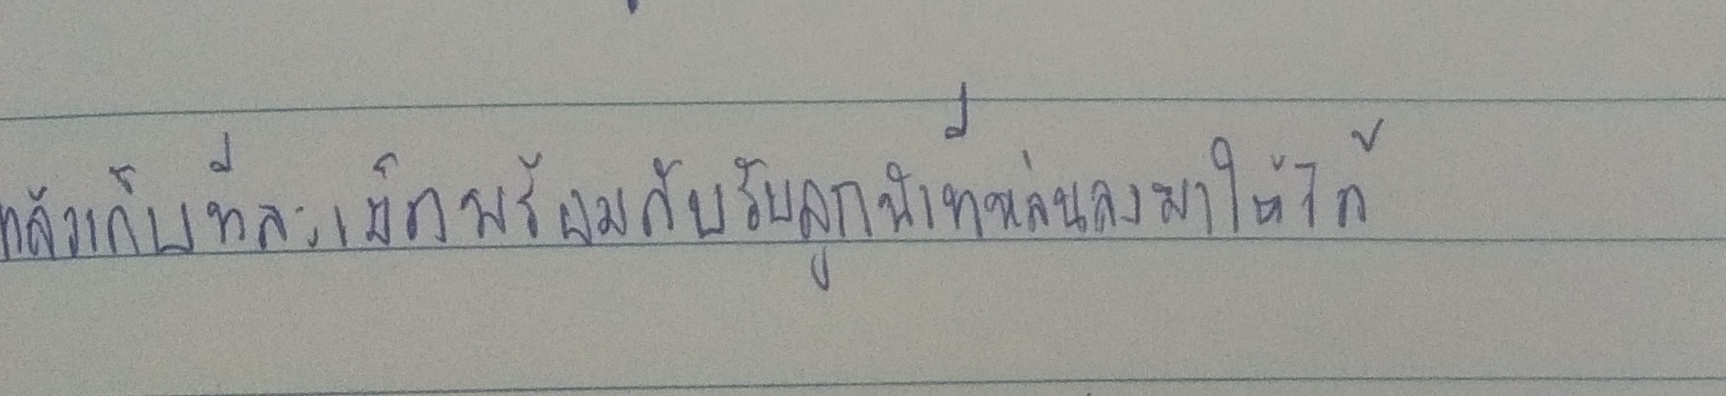
แล้วเก็บทีละเม็ดพร้อมกับรับลูกนำที่หล่นลงมาให้ได้